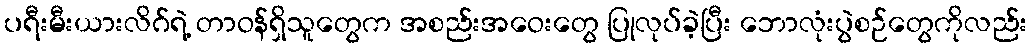
ပရီးမီးယားလိဂ်ရဲ့ တာဝန်ရှိသူတွေက အစည်းအဝေးတွေ ပြုလုပ်ခဲ့ပြီး ဘောလုံးပွဲစဉ်တွေကိုလည်း